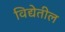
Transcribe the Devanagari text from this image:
विद्येतील